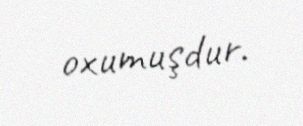
oxumuşdur.